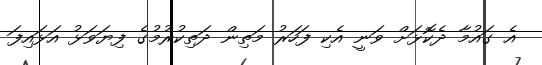
އެ ގައުމާ ދެކޮޅަށް ވަނީ އެކި ފަހަރު މަތިން ދަތިކުރުމުގެ ފިޔަވަޅު އަޅައިފަ